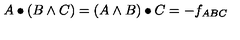
A \bullet ( B \wedge C ) = ( A \wedge B ) \bullet C = - f _ { A B C }